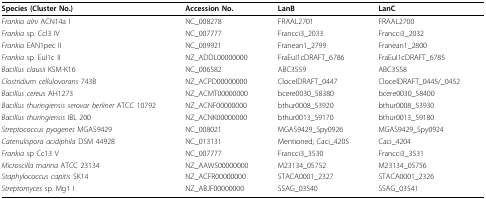
<table><thead><tr><td><b>Species (Cluster No.)</b></td><td><b>Accession No.</b></td><td><b>LanB</b></td><td><b>LanC</b></td></tr></thead><tbody><tr><td><i>Frankia alni </i>ACN14a I</td><td>NC_008278</td><td>FRAAL2701</td><td>FRAAL2700</td></tr><tr><td><i>Frankia </i>sp. CcI3 IV</td><td>NC_007777</td><td>Francci3_2033</td><td>Francci3_2032</td></tr><tr><td><i>Frankia </i>EAN1pec II</td><td>NC_009921</td><td>Franean1_2799</td><td>Franean1_2800</td></tr><tr><td><i>Frankia </i>sp. EuI1c II</td><td>NZ_ADDL00000000</td><td>FraEuI1cDRAFT_6786</td><td>FraEuI1cDRAFT_6785</td></tr><tr><td><i>Bacillus clausii </i>KSM-K16</td><td>NC_006582</td><td>ABC3559</td><td>ABC3558</td></tr><tr><td><i>Clostridium cellulovorans </i>743B</td><td>NZ_ACPD00000000</td><td>ClocelDRAFT_0447</td><td>ClocelDRAFT_0445/_0452</td></tr><tr><td><i>Bacillus cereus </i>AH1273</td><td>NZ_ACMT00000000</td><td>bcere0030_58380</td><td>bcere0030_58400</td></tr><tr><td><i>Bacillus thuringiensis serovar berliner </i>ATCC 10792</td><td>NZ_ACNF00000000</td><td>bthur0008_53920</td><td>bthur0008_53930</td></tr><tr><td><i>Bacillus thuringiensis </i>IBL 200</td><td>NZ_ACNK00000000</td><td>bthur0013_59170</td><td>bthur0013_59180</td></tr><tr><td><i>Streptococcus pyogenes </i>MGAS9429</td><td>NC_008021</td><td>MGAS9429_Spy0926</td><td>MGAS9429_Spy0924</td></tr><tr><td><i>Catenulispora acidiphila </i>DSM 44928</td><td>NC_013131</td><td>Mentioned; Caci_4205</td><td>Caci_4204</td></tr><tr><td><i>Frankia </i>sp Cc13 V</td><td>NC_007777</td><td>Francci3_3530</td><td>Francci3_3531</td></tr><tr><td><i>Microscilla marina </i>ATCC 23134</td><td>NZ_AAWS00000000</td><td>M23134_05752</td><td>M23134_05756</td></tr><tr><td><i>Staphylococcus capitis </i>SK14</td><td>NZ_ACFR00000000</td><td>STACA0001_2327</td><td>STACA0001_2326</td></tr><tr><td><i>Streptomyces </i>sp. Mg1 I</td><td>NZ_ABJF00000000</td><td>SSAG_03540</td><td>SSAG_03541</td></tr></tbody></table>